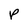
Character: p